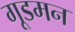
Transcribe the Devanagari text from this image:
गूडमन